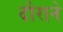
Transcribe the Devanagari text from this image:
दौराने